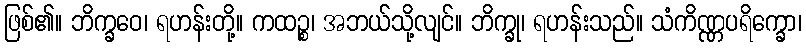
ဖြစ်၏။ ဘိက္ခဝေ၊ ရဟန်းတို့။ ကထဉ္စ၊ အဘယ်သို့လျင်။ ဘိက္ခု၊ ရဟန်းသည်။ သံကိဏ္ဏပရိက္ခော၊